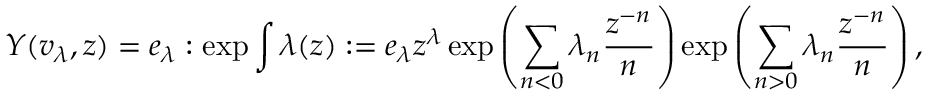
Y ( v _ { \lambda } , z ) = e _ { \lambda } : \exp \int \lambda ( z ) : = e _ { \lambda } z ^ { \lambda } \exp \left( \sum _ { n < 0 } \lambda _ { n } { \frac { z ^ { - n } } { n } } \right) \exp \left( \sum _ { n > 0 } \lambda _ { n } { \frac { z ^ { - n } } { n } } \right) ,